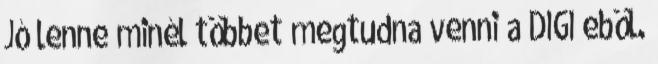
Jó lenne minél többet megtudna venni a DIGI eböl.